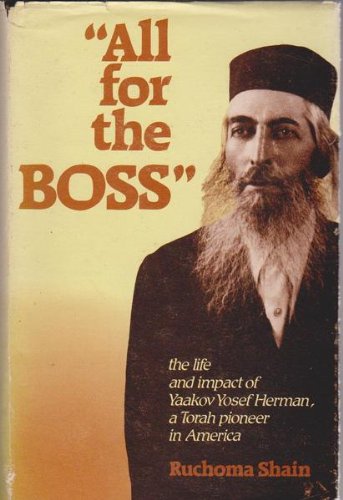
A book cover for All for the Boss: An Affectionate Family Chronicle of Yaakov Yosef Herman, a Torah Pioneer in America; Ruchoma Shain; Religion & Spirituality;